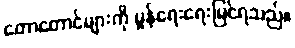
တောတောင်များကို မှုန်ရေးရေးမြင်ရသည်။